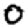
Digit: 0